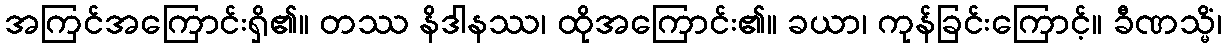
အကြင်အကြောင်းရှိ၏။ တဿ နိဒါနဿ၊ ထိုအကြောင်း၏။ ခယာ၊ ကုန်ခြင်းကြောင့်။ ခီဏသ္မိံ၊